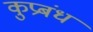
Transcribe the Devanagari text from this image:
कुप्रबंध